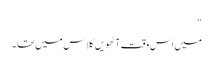
“
میں اس وقت آٹھویں کلاس میں تھا ۔